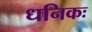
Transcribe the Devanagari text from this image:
धनिकः